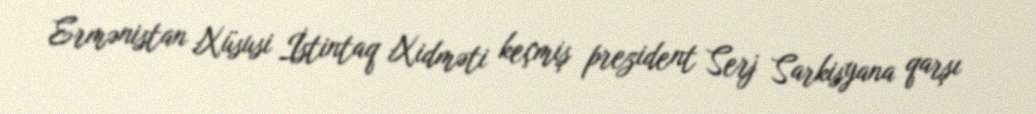
Ermənistan Xüsusi İstintaq Xidməti keçmiş prezident Serj Sarkisyana qarşı